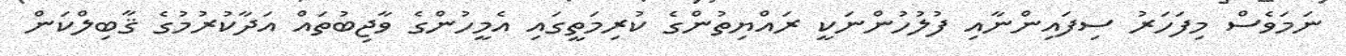
ނަމަވެސް މިފަހަރު ސިފައިންނާއި ފުލުހުންނަކީ ރައްޔިތުންގެ ކުރިމަތީގައި އެމީހުންގެ ވާޖިބުތައް އަދާކުރުމުގެ ޤާބިލްކަން